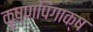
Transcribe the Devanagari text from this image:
कृष्णपिंगाक्ष